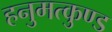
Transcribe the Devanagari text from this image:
हनुमत्कुण्ड